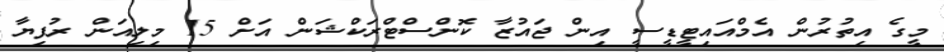
މީގެ އިތުރުން އެމްއައިޓީޑީސީ އިން ޖައުޒާ ކޮންސްޓްރަކްޝަން އަށް 15 މިލިއަން ރުފިޔާ